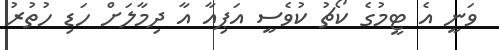
ވަނީ އެ ޓީމުގެ ކޯޗު ކުވެސީ އަޕިއާ އާ ދިމާލަށް ހަޑި ހުތުރު